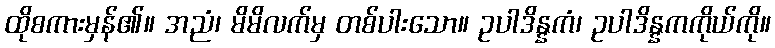
ထိုစကားမှန်၏။ အညံ၊ မိမိလက်မှ တစ်ပါးသော။ ဥပါဒိန္နကံ၊ ဥပါဒိန္နကကိုယ်ကို။